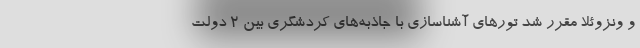
و ونزوئلا مقرر شد تورهای آشناسازی با جاذبه‌های کردشگری بین ۲ دولت